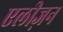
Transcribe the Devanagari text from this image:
एलीज़न